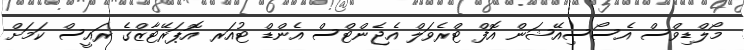
މޯލްޑިވްސް އެސޯސިއޭޝަން އޮފް ޓްރެވަލް އެޖެންޓްސް އެންޑް ޓުއަރ އޮޕަރޭޓާޒްގެ ރައީސް ކަމަށް